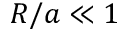
R / a \ll 1